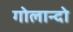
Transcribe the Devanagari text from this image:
गोलान्दो